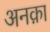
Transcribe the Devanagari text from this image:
अनक़ा